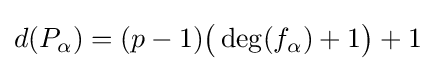
d(P_{\alpha })=(p-1){\big (}\deg(f_{\alpha })+1{\big )}+1